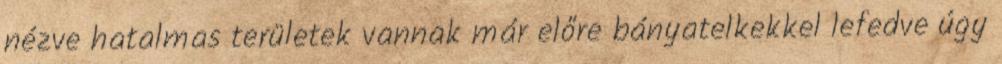
nézve hatalmas területek vannak már előre bányatelkekkel lefedve úgy